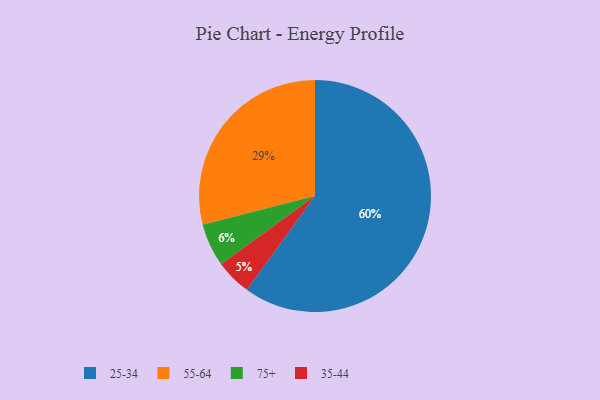
{"axis": {"x": "Category", "y": "Percentage"}, "legend": ["25-34", "35-44", "55-64", "75+"], "data": [{"x": "75+", "y": 6, "type": "75+"}, {"x": "25-34", "y": 60, "type": "25-34"}, {"x": "35-44", "y": 5, "type": "35-44"}, {"x": "55-64", "y": 29, "type": "55-64"}]}